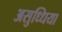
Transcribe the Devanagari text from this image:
असुध्धिया